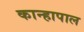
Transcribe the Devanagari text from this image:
कान्हापाल